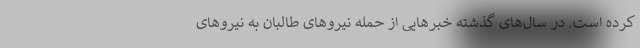
کرده است. در سال‌های گذشته خبرهایی از حمله نیروهای طالبان به نیروهای